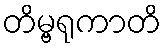
တိမ္ဗရုကာတိ